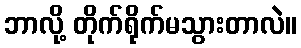
ဘာလို့ တိုက်ရိုက်မသွားတာလဲ။